Lunatic asylums Central Provinces reports 1895-1909 - 1895-1909
Year: 1895
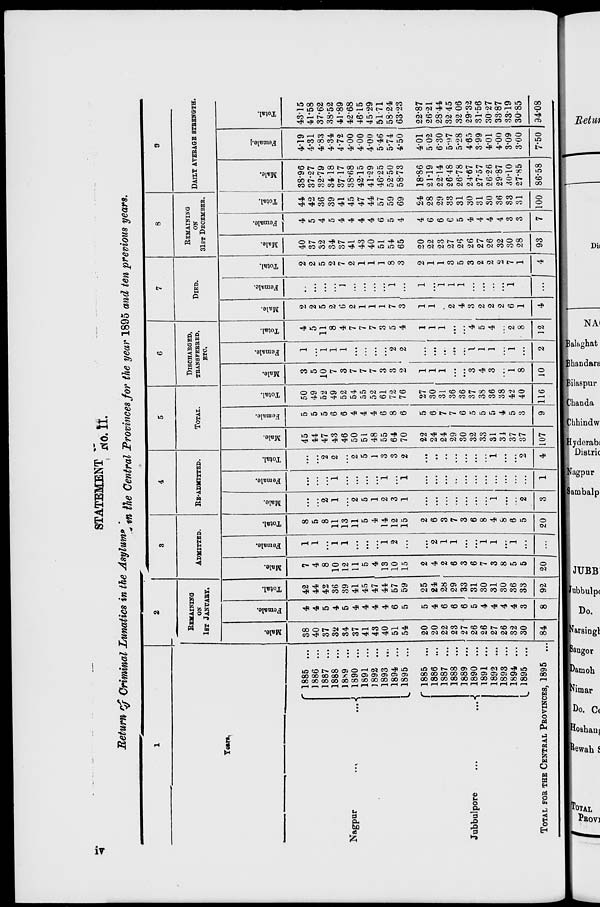
iv
STATEMENT No.II
Return of Criminal Lunatics in the Asylums in the Central Provinces for the year 1895 and ten previous years.
1
Years.
Nagpur
...
...
Jubbulpore
...
...
1885 ...
1886 ...
1887 ...
1888 ...
1889 ...
1890 ...
1891 ...
1892 ...
1893 ...
1894 ...
1895 ...
1885 ...
1886 ...
1887 ...
1888 ...
1889 ...
1890 ...
1891 ...
1892 ...
1893 ...
1894 ...
1895 ...
TOTAL FOR THE CENTRAL PROVINCES, 1895 ...
2
REMAINING
ON
1ST JANUARY.
Male.
38
40
37
32
34
37
41
43
40
51
54
20
20
22
23
27
26
26
27
26
32
30
84
Female.
4
4
5
4
5
4
4
4
4
6
5
5
4
6
6
6
5
4
4
4
4
3
8
Total.
42
44
42
36
39
41
45
47
44
57
59
25
24
28
29
33
31
30
31
30
36
33
92
3
ADMITTED.
Male.
7
4
8
10
12
11
5
4
13
10
15
2
4
2
6
3
6
7
3
8
5
5
20
Female.
1
1
...
1
1
...
...
...
1
2
...
...
2
1
1
...
...
1
1
...
1
...
...
Total.
8
5
8
11
13
11
5
4
14
12
15
2
6
3
7
3
6
8
4
8
6
5
20
4
RE-ADMITTED.
Male.
....
...
2
1
...
2
5
1
2
3
1
...
...
...
...
...
...
...
1
...
...
2
3
Female.
...
...
...
1
...
...
...
...
1
1
...
...
...
...
...
...
...
...
...
...
...
1
Total.
...
...
2
2
...
2
5
1
3
3
2
...
...
...
...
...
...
...
1
...
...
2
4
5
TOTAL.
Male.
45
44
47
43
46
50
51
48
55
64
70
22
24
24
29
30
32
33
31
34
37
37
107
Female.
5
5
5
6
6
4
4
4
6
8
6
5
6
7
7
6
5
5
5
4
5
3
9
Total.
50
49
52
49
52
54
55
52
61
72
76
27
30
31
36
36
37
38
36
38
42
40
116
6
DISCHARGED,
TRANSFERRED,
ETC.
Male.
3
5
10
7
3
7
7
7
3
3
2
1
1
1
...
...
3
4
3
...
1
8
10
Female.
1
...
1
1
1
...
...
...
...
2
2
...
...
...
...
...
1
1
1
...
1
...
2
Total.
4
5
11
8
4
7
7
7
3
5
4
1
1
1
...
...
4
5
4
...
2
8
12
7
DIED.
Male.
2
2
5
2
6
2
1
1
1
7
3
1
1
...
2
4
3
2
2
2
6
1
4
Female.
...
...
...
...
1
...
...
...
...
1
1
...
1
1
1
...
...
...
...
1
...
...
Total.
2
2
5
2
7
2
1
1
1
8
3
2
1
1
3
5
3
2
2
2
7
1
4
8
REMAINING
ON
31ST DECEMBER.
Male.
40
37
32
34
37
41
43
40
51
54
65
20
22
23
27
26
26
27
26
32
30
28
93
Female.
4
5
4
5
4
4
4
4
6
5
4
4
6
6
6
5
4
4
4
4
3
3
7
Total.
44
42
36
39
41
45
47
44
57
59
69
24
28
29
33
31
30
31
30
36
33
31
100
9
DAILY AVERAGE STRENGTH.
Male.
38.96
37.27
32.79
34.18
37.17
38.68
42.15
41.29
46.25
52.50
58.73
18.86
21.19
22.14
26.48
26.78
24.67
27.57
2626
29.87
30.10
27.85
86.58
Female.
4.19
4.31
4.83
4.34
4.72
4.00
4.00
4.00
5.46
5.74
4.50
4.01
5.02
6.30
5.97
5.28
4.65
3.99
4.01
4.00
3.09
3.00
7.50
Total.
43.15
41.58
37.62
38.52
41.89
42.68
46.15
45.29
51.71
58.24
63.23
22.87
26.21
28.44
32.45
32.06
29.32
31.56
30.27
33.87
33.19
30.85
94.08